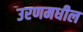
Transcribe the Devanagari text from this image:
उरणमधील